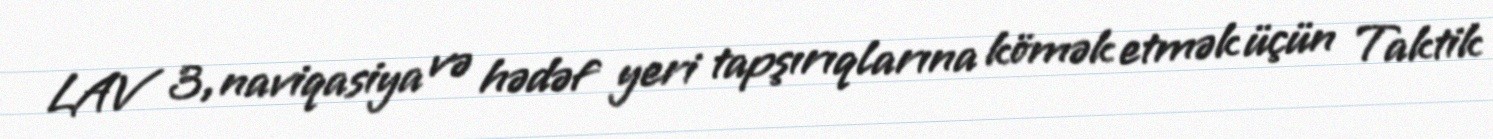
LAV 3, naviqasiya və hədəf yeri tapşırıqlarına kömək etmək üçün Taktik